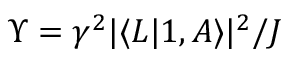
\Upsilon = \gamma ^ { 2 } | \langle L | 1 , A \rangle | ^ { 2 } / J